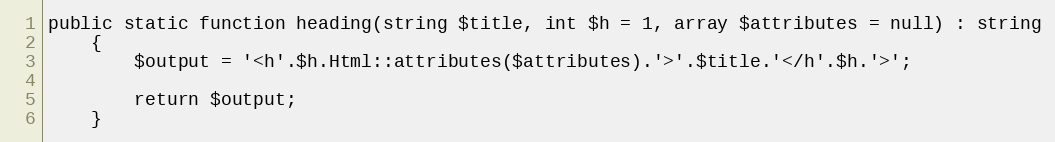
Language: PHP
public static function heading(string $title, int $h = 1, array $attributes = null) : string
    {
        $output = '<h'.$h.Html::attributes($attributes).'>'.$title.'</h'.$h.'>';

        return $output;
    }